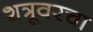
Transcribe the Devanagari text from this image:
शत्रूवरचा